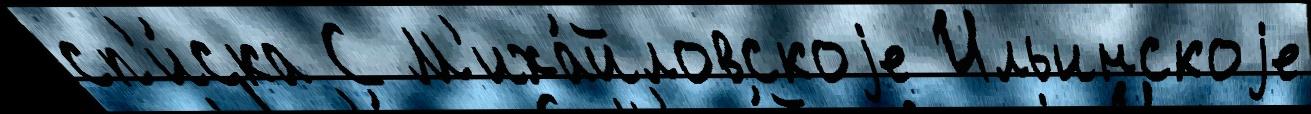
сп'и́ска С М'иха́йловскоjе Ильинскоjе